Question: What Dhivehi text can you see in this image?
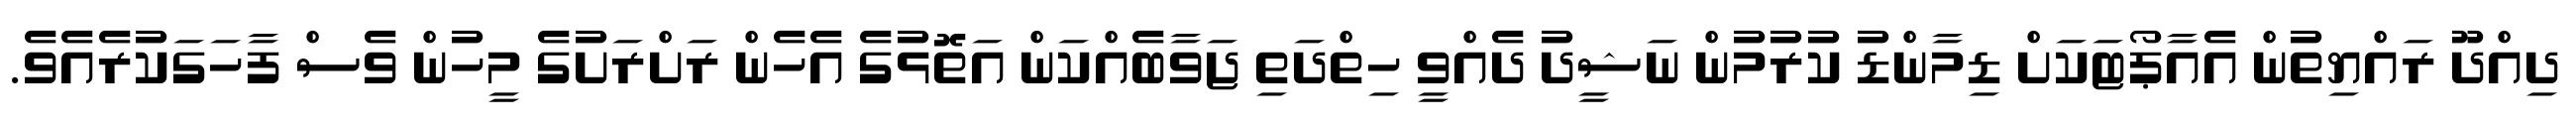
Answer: ދިއްދޫ ރައްޔިތުން އެއާޕޯޓަކަށް ޑިމާންޑު ކުރުމުން ނަޝީދު ދެއްވީ ހިތްދަތި ޖަވާބެއްކަން އަތޮޅުގެ އެހެން ރަށްރަށުގެ މީހުން ވެސް ފާހަގަކުރެއެވެ.